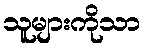
သူများကိုသာ